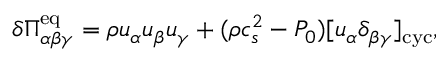
\delta \Pi _ { \alpha \beta \gamma } ^ { \mathrm { e q } } = \rho u _ { \alpha } u _ { \beta } u _ { \gamma } + ( \rho c _ { s } ^ { 2 } - P _ { 0 } ) [ u _ { \alpha } \delta _ { \beta \gamma } ] _ { \mathrm { c y c } } ,